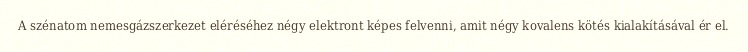
A szénatom nemesgázszerkezet eléréséhez négy elektront képes felvenni, amit négy kovalens kötés kialakításával ér el.